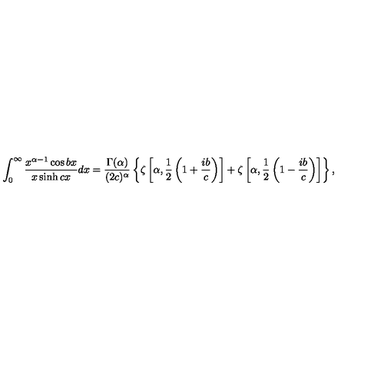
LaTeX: \int _ { 0 } ^ { \infty } \frac { x ^ { \alpha - 1 } \cos { b x } } { x \sinh { c x } } d x = \frac { \Gamma ( \alpha ) } { ( 2 c ) ^ { \alpha } } \left\{ \zeta \left[ \alpha , \frac { 1 } { 2 } \left( 1 + \frac { i b } { c } \right) \right] + \zeta \left[ \alpha , \frac { 1 } { 2 } \left( 1 - \frac { i b } { c } \right) \right] \right\} ,